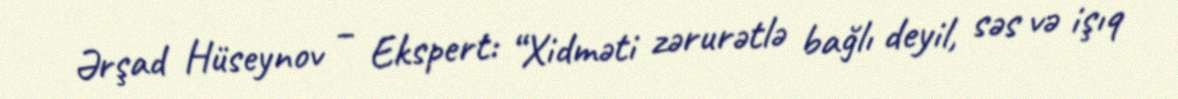
Ərşad Hüseynov – Ekspert: “Xidməti zərurətlə bağlı deyil, səs və işıq